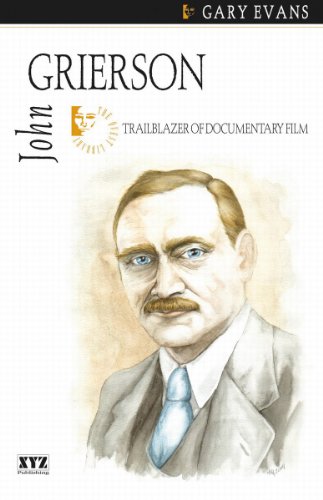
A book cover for John Grierson (Quest Biography); Gary Evans; Teen & Young Adult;